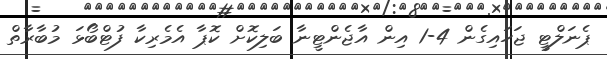
ޕެނަލްޓީ ޖަހައިގެން 4-1 އިން އާޖެންޓީނާ ބަލިކޮށް ކޮޕާ އެމެރިކާ ފުޓްބޯޅަ މުބާރާތް